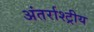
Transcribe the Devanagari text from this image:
अंतर्राश्ट्रीय